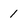
Character: 1